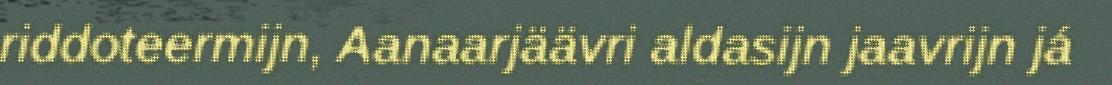
riddoteermijn, Aanaarjäävri aldasijn jaavrijn já